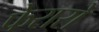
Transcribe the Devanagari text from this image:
फेरारो